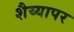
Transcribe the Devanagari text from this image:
शैय्यापर